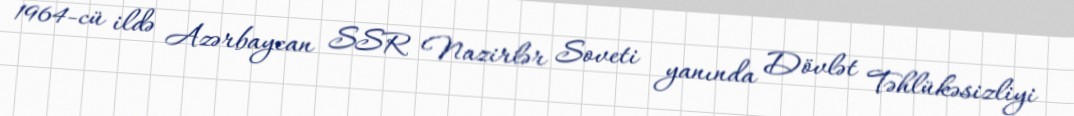
1964-cü ildə Azərbaycan SSR Nazirlər Soveti yanında Dövlət Təhlükəsizliyi